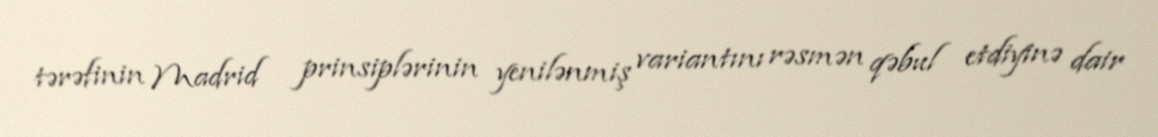
tərəfinin Madrid prinsiplərinin yenilənmiş variantını rəsmən qəbul etdiyinə dair